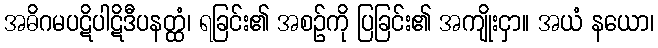
အဓိဂမပဋိပါဋိဒီပနတ္ထံ၊ ရခြင်း၏ အစဉ်ကို ပြခြင်း၏ အကျိုးငှာ။ အယံ နယော၊